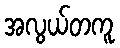
အလွယ်တကူ